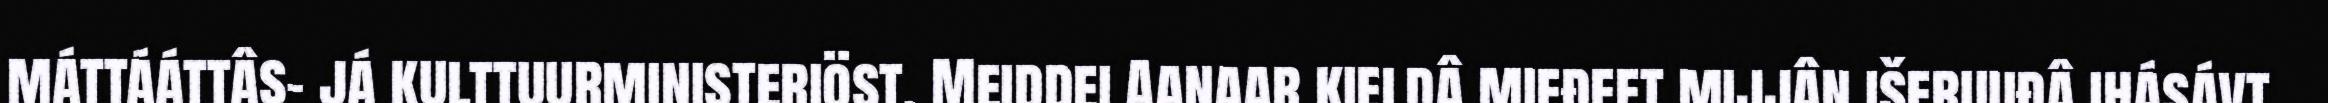
máttááttâs- já kulttuurministeriöst. Meiddei Aanaar kieldâ mieđeet mijjân išeruuđâ ihásávt.